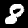
Label: 8